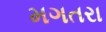
મગતરા